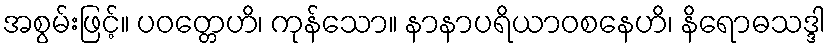
အစွမ်းဖြင့်။ ပဝတ္တေဟိ၊ ကုန်သော။ နာနာပရိယာဝစနေဟိ၊ နိရောဓသဒ္ဒါ